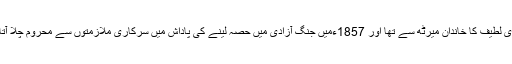
مولوی لطیف کا خاندان میرٹھ سے تھا اور 1857ءمیں جنگ آزادی میں حصہ لینے کی پاداش میں سرکاری ملازمتوں سے محروم چلا آتا تھا۔